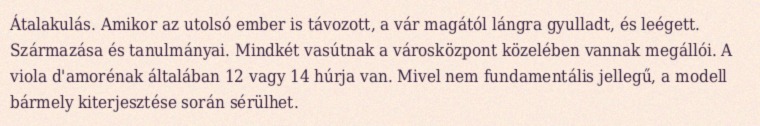
Átalakulás. Amikor az utolsó ember is távozott, a vár magától lángra gyulladt, és leégett. Származása és tanulmányai. Mindkét vasútnak a városközpont közelében vannak megállói. A viola d'amorénak általában 12 vagy 14 húrja van. Mivel nem fundamentális jellegű, a modell bármely kiterjesztése során sérülhet.